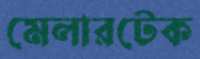
মেলারটেক